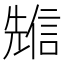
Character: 𠒷